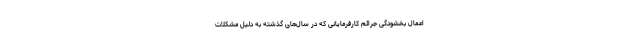
اعمال بخشودگی جرائم کارفرمایانی که در سال‌های گذشته به دلیل مشکلات